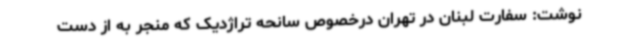
نوشت: سفارت لبنان در تهران درخصوص سانحه تراژدیک که منجر به از دست